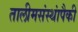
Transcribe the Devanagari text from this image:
तालीमसंस्थांपैकी